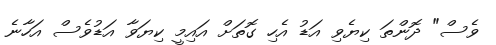
ވެސް" ދޮންތަ ކިޔެވި އަޑު އެހި ގޮތަށް އައިމީ ކިޔަވާ އަޑުވެސް އަހާނެ